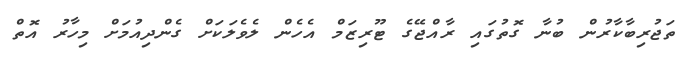
ތަޖުރިބާކާރުން ބުނާ ގޮތުގައި ރާއްޖޭގެ ޓޫރިޒަމް އެހެން ލެވެލަކަށް ގެންދިއުމަށް މިހާރު އޮތް